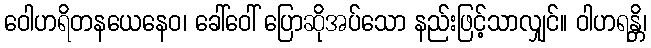
ဝေါဟရိတနယေနေဝ၊ ခေါ်ဝေါ် ပြောဆိုအပ်သော နည်းဖြင့်သာလျှင်။ ဝါဟရန္တိ၊